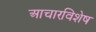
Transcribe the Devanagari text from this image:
आचारविशेष